Account of plague administration in the Bombay Presidency from September 1896 till May 1897
Year: 1896
Disease focus: Plague
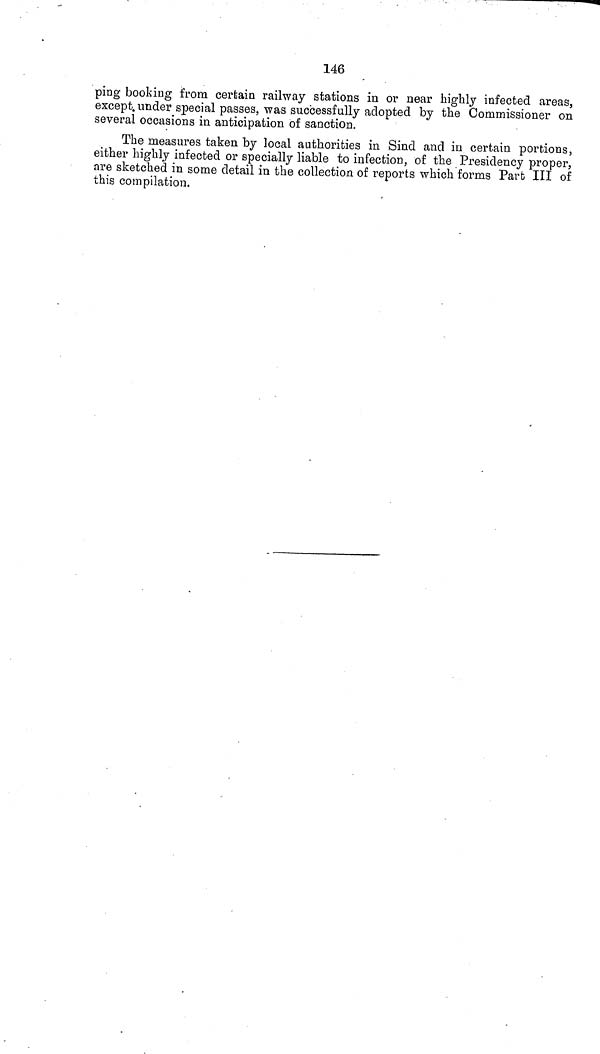
146
ping booking from certain railway stations in or near highly infected areas,
except under special passes, was successfully adopted by the Commissioner on
several occasions in anticipation of sanction.
The measures taken by local authorities in Sind and in certain portions,
either highly infected or specially liable to infection, of the Presidency proper,
are sketched in some detail in the collection of reports which forms Part III of
this compilation.